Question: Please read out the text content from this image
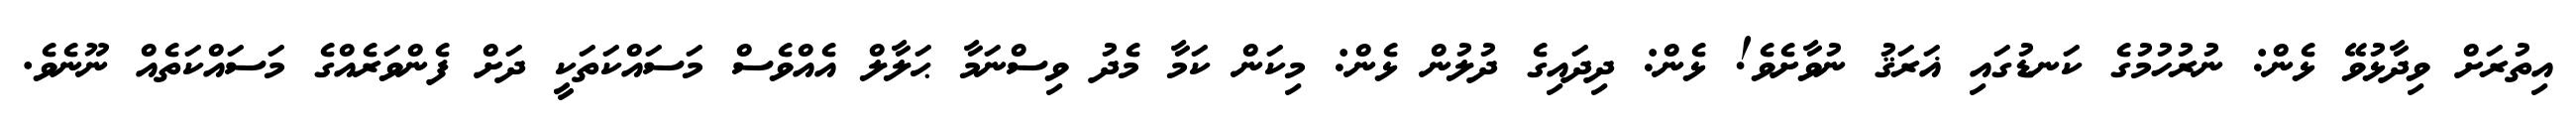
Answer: އިތުރަށް ވިދާޅުވޭ ޅެން: ނުރުހުމުގެ ކަނޑުގައި ޣަރަޤު ނުވާށެވެ! ޅެން: ދިދައިގެ ދުލުން ޅެން: މިކަން ކަމާ މެދު ވިސްނަމާ ޙަލާލް އެއްވެސް މަސައްކަތަކީ ދަށް ފެންވަރެއްގެ މަސައްކަތެއް ނޫނެވެ.